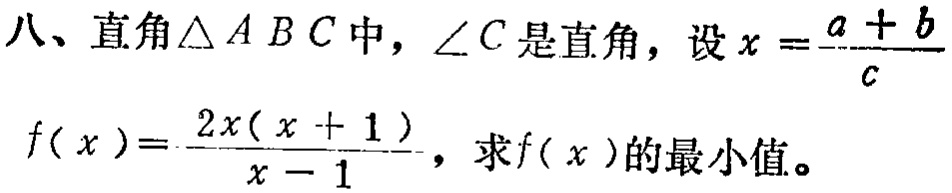
八、直角$\triangle ABC$中，$\angle C$是直角，设$x = \frac{a + b}{c}$，$f(x)=\frac{2x(x + 1)}{x - 1}$，求$f(x)$的最小值。